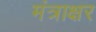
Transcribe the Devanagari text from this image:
मंत्राक्षर